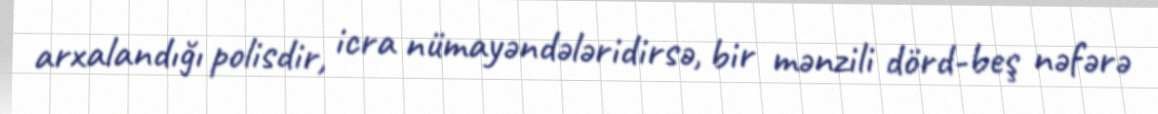
arxalandığı polisdir, icra nümayəndələridirsə, bir mənzili dörd-beş nəfərə